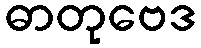
ဓာတုဗေဒ